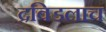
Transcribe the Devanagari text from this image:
द्रविडलाच